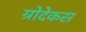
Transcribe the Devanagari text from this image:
ग्रोदेकस